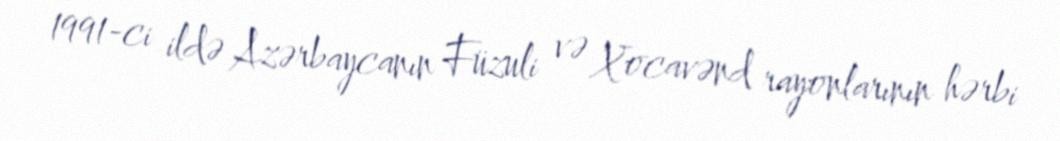
1991-ci ildə Azərbaycanın Füzuli və Xocavənd rayonlarının hərbi